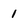
Character: 1